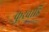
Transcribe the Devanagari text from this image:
कुरवाडि